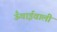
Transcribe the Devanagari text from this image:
ऊँचाईवाली